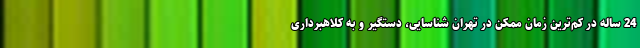
24 ساله در کم‌ترین زمان ممکن در تهران شناسایی، دستگیر و به کلاهبرداری